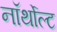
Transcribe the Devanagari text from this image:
नॉर्थोल्ट